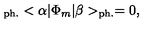
_ { \mathrm { p h . } } < \alpha | \Phi _ { m } | \beta > _ { \mathrm { p h . } } = 0 ,